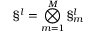
\S ^ { l } = \bigotimes _ { m = 1 } ^ { M } \S _ { m } ^ { l }